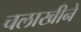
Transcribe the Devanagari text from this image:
चलाखीने